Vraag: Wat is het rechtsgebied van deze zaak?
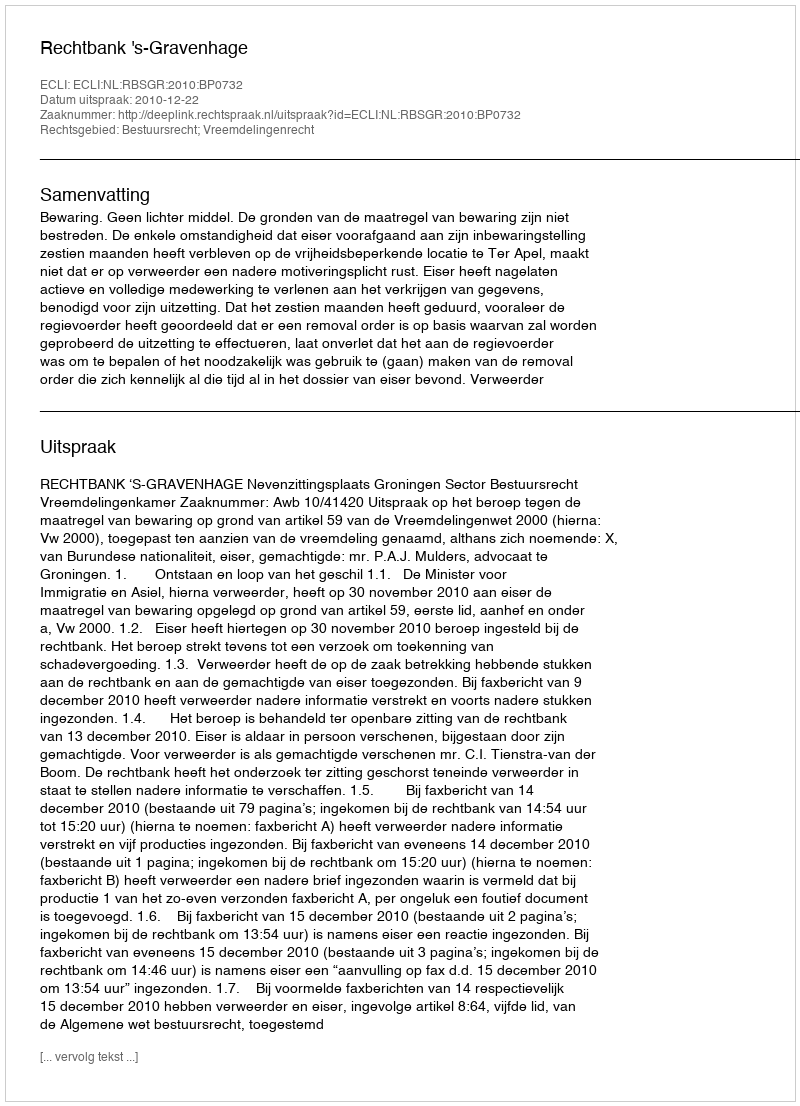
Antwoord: Bestuursrecht; Vreemdelingenrecht